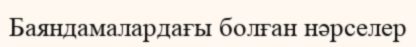
Баяндамалардағы болған нәрселер